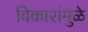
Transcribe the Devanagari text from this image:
विकारांमुळे